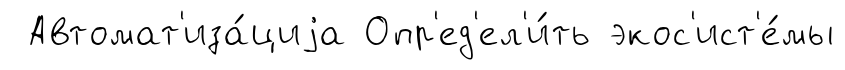
Автомат'иза́циjа Опр'ед'ел'и́ть экос'ист'е́мы